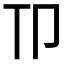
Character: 𫧹